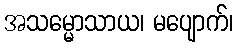
အသမ္မောသာယ၊ မပျောက်၊